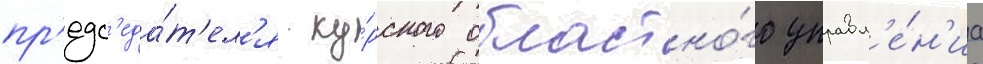
пр'едс'еда́т'ел'я ку́рского областно́го управл'е́н'иа